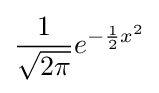
{\frac {1}{\sqrt {2\pi }}}e^{-{\frac {1}{2}}x^{2}}